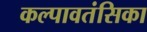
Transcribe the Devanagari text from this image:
कल्पावतंसिका